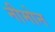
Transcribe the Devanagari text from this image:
नीमोन